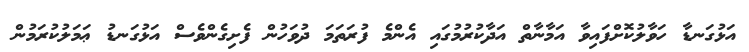
އަޅުގަނޑާ ހަވާލުކޮށްފައިވާ އަމާނާތް އަދާކުރުމުގައި އެންމެ ފުރަތަމަ ދުވަހުން ފެށިގެންވެސް އަޅުގަނޑު ޢަމަލުކުރަމުން